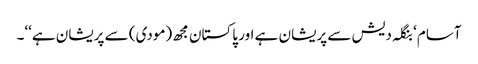
آسام ‘ بنگلہ دیش سے پریشان ہے اور پاکستان مجھ (مودی) سے پریشان ہے‘‘۔